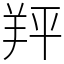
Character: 䍬